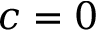
c = 0